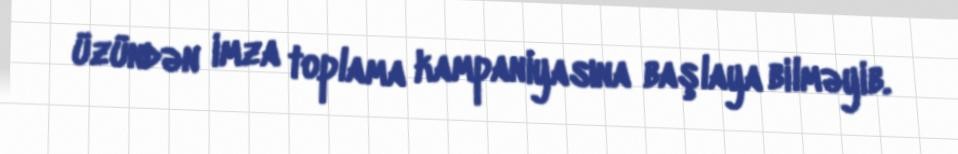
üzündən imza toplama kampaniyasına başlaya bilməyib.